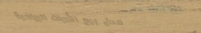
محل بيع الأدوات الرياضية